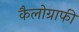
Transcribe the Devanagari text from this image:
कैलोग्राफी